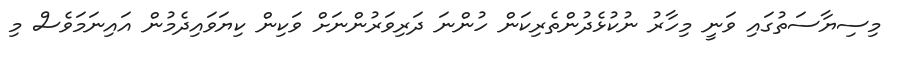
މިސިޔާސަތުގައި ވަނީ މިހާރު ނުކުޅެދުންތެރިކަން ހުންނަ ދަރިވަރުންނަށް ވަކިން ކިޔަވައިދެމުން އައިނަމަވެސް މި